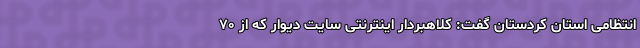
انتظامی استان کردستان گفت: کلاهبردار اینترنتی سایت دیوار که از ۷۰